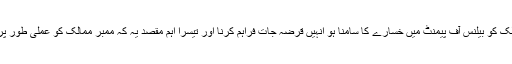
دوسرا یہ کہ جن ممالک کو بیلنس آف پیمنٹ میں خسارے کا سامنا ہو انہیں قرضہ جات فراہم کرنا اور تیسرا اہم مقصد یہ کہ ممبر ممالک کو عملی طور پر مدد فراہم کرنا ہے ۔